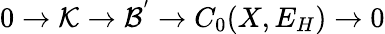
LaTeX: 0\rightarrow{\cal K}\rightarrow{\cal B^{'}}\rightarrow C_{0}(X,E_{H})\rightarrow 0